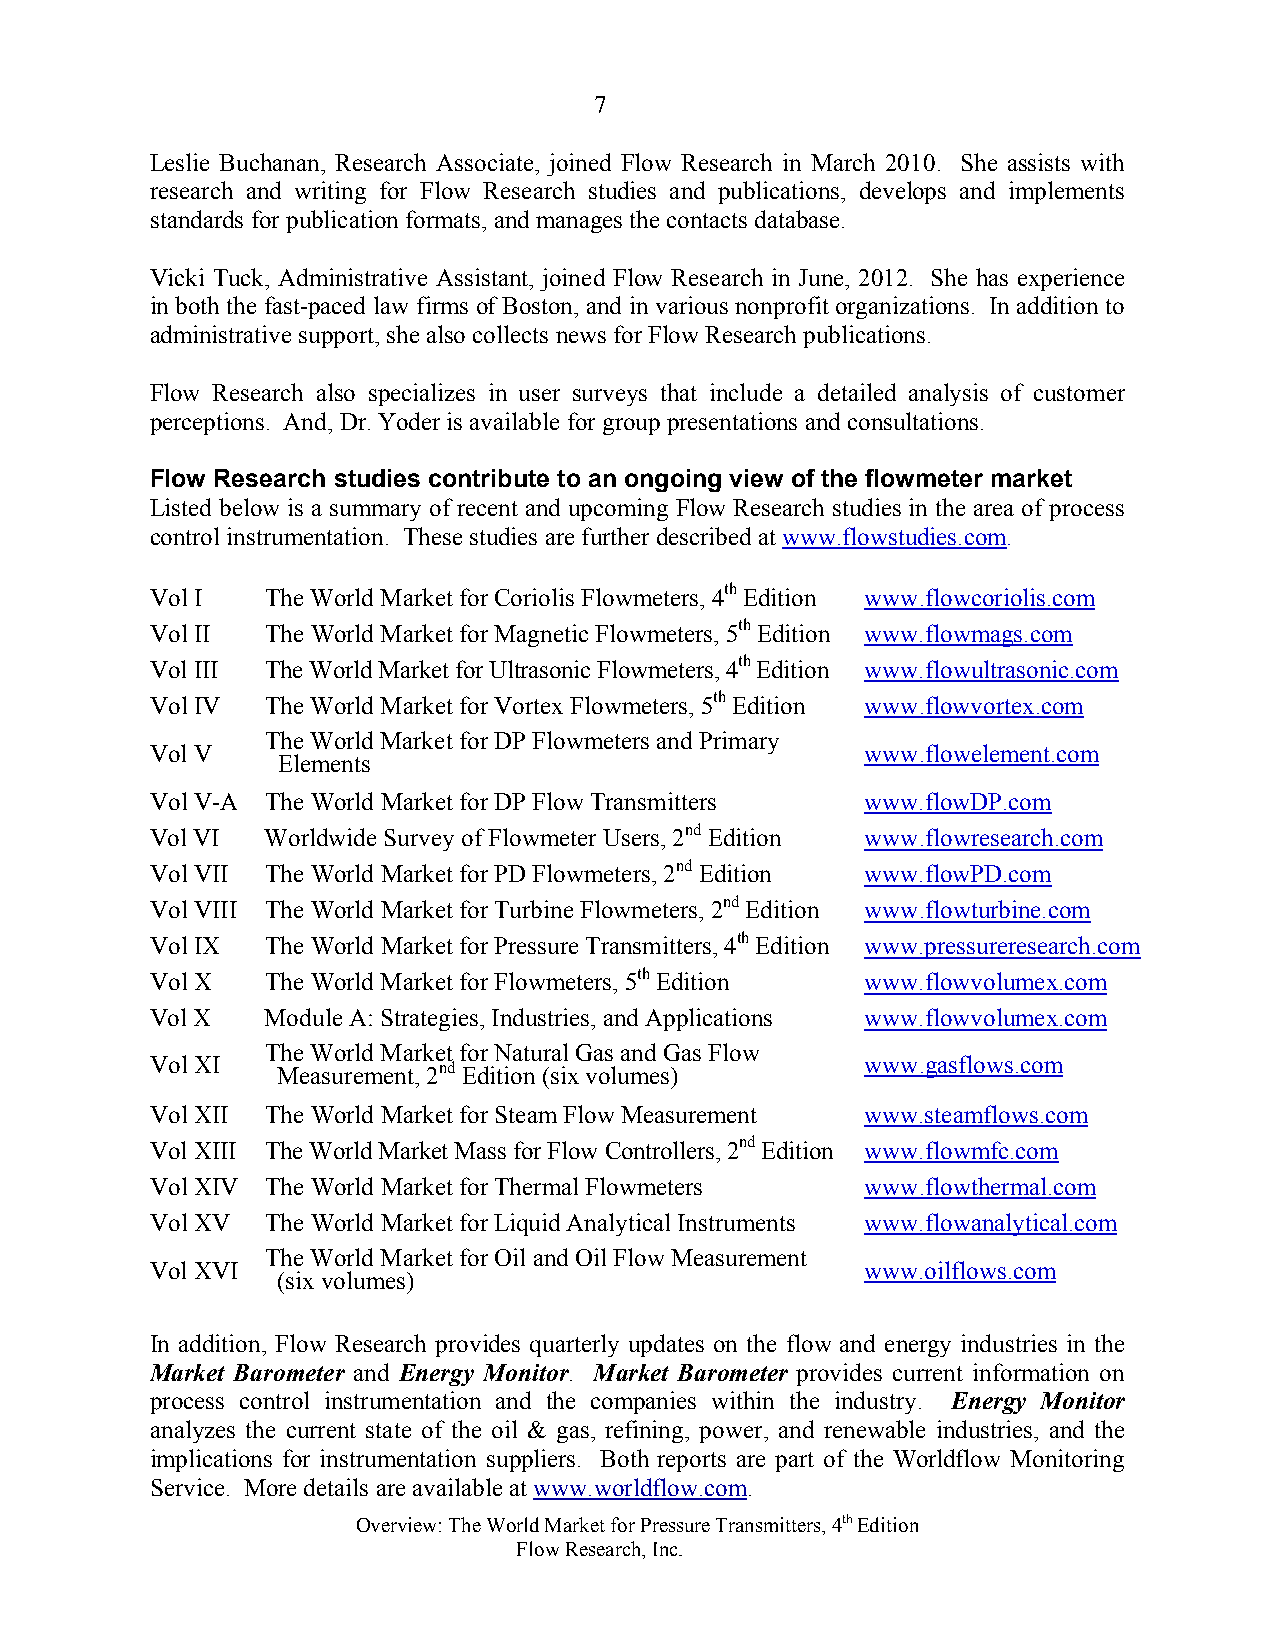
7
 Leslie Buchanan, Research Associate, joined Flow Research in March 2010. She assists with
 research and writing for Flow Research studies and publications, develops and implements
 standards for publication formats, and manages the contacts database.
 Vicki Tuck, Administrative Assistant, joined Flow Research in June, 2012. She has experience
 in both the fast-paced law firms of Boston, and in various nonprofit organizations. In addition to
 administrative support, she also collects news for Flow Research publications.
 Flow Research also specializes in user surveys that include a detailed analysis of customer
 perceptions. And, Dr. Yoder is available for group presentations and consultations.
 Flow Research studies contribute to an ongoing view of the flowmeter market
 Listed below is a summary of recent and upcoming Flow Research studies in the area of process
 control instrumentation. These studies are further described at www.flowstudies.com.
 Vol I   The World Market for Coriolis Flowmeters, 4th Edition www.flowcoriolis.com
 Vol II  The World Market for Magnetic Flowmeters, 5th Edition www.flowmags.com
 Vol III The World Market for Ultrasonic Flowmeters, 4th Edition www.flowultrasonic.com
 Vol IV  The World Market for Vortex Flowmeters, 5th Edition www.flowvortex.com
 The World Market for DP Flowmeters and Primary
 Vol V                                          www.flowelement.com
 Elements
 Vol V-A The World Market for DP Flow Transmitters www.flowDP.com
 Vol VI  Worldwide Survey of Flowmeter Users, 2nd Edition www.flowresearch.com
 Vol VII The World Market for PD Flowmeters, 2nd Edition www.flowPD.com
 Vol VIII The World Market for Turbine Flowmeters, 2nd Edition www.flowturbine.com
 Vol IX  The World Market for Pressure Transmitters, 4th Edition www.pressureresearch.com
 Vol X   The World Market for Flowmeters, 5th Edition www.flowvolumex.com
 Vol X   Module A: Strategies, Industries, and Applications www.flowvolumex.com
 The World Market for Natural Gas and Gas Flow
 Vol XI  Measurement, 2nd Edition (six volumes) www.gasflows.com
 Vol XII The World Market for Steam Flow Measurement www.steamflows.com
 Vol XIII The World Market Mass for Flow Controllers, 2nd Edition www.flowmfc.com
 Vol XIV The World Market for Thermal Flowmeters www.flowthermal.com
 Vol XV  The World Market for Liquid Analytical Instruments www.flowanalytical.com
 The World Market for Oil and Oil Flow Measurement
 Vol XVI                                        www.oilflows.com
 (six volumes)
 In addition, Flow Research provides quarterly updates on the flow and energy industries in the
 Market Barometer and Energy Monitor. Market Barometer provides current information on
 process control instrumentation and the companies within the industry. Energy Monitor
 analyzes the current state of the oil & gas, refining, power, and renewable industries, and the
 implications for instrumentation suppliers. Both reports are part of the Worldflow Monitoring
 Service. More details are available at www.worldflow.com.
 Overview: The World Market for Pressure Transmitters, 4th Edition
 Flow Research, Inc.